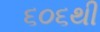
૬૦૬થી